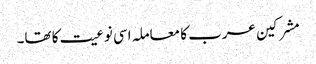
مشرکین عرب کا معاملہ اسی نوعیت کا تھا۔